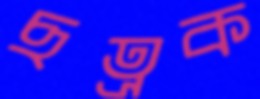
ছত্রক